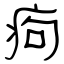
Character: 痀